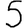
Digit: 5